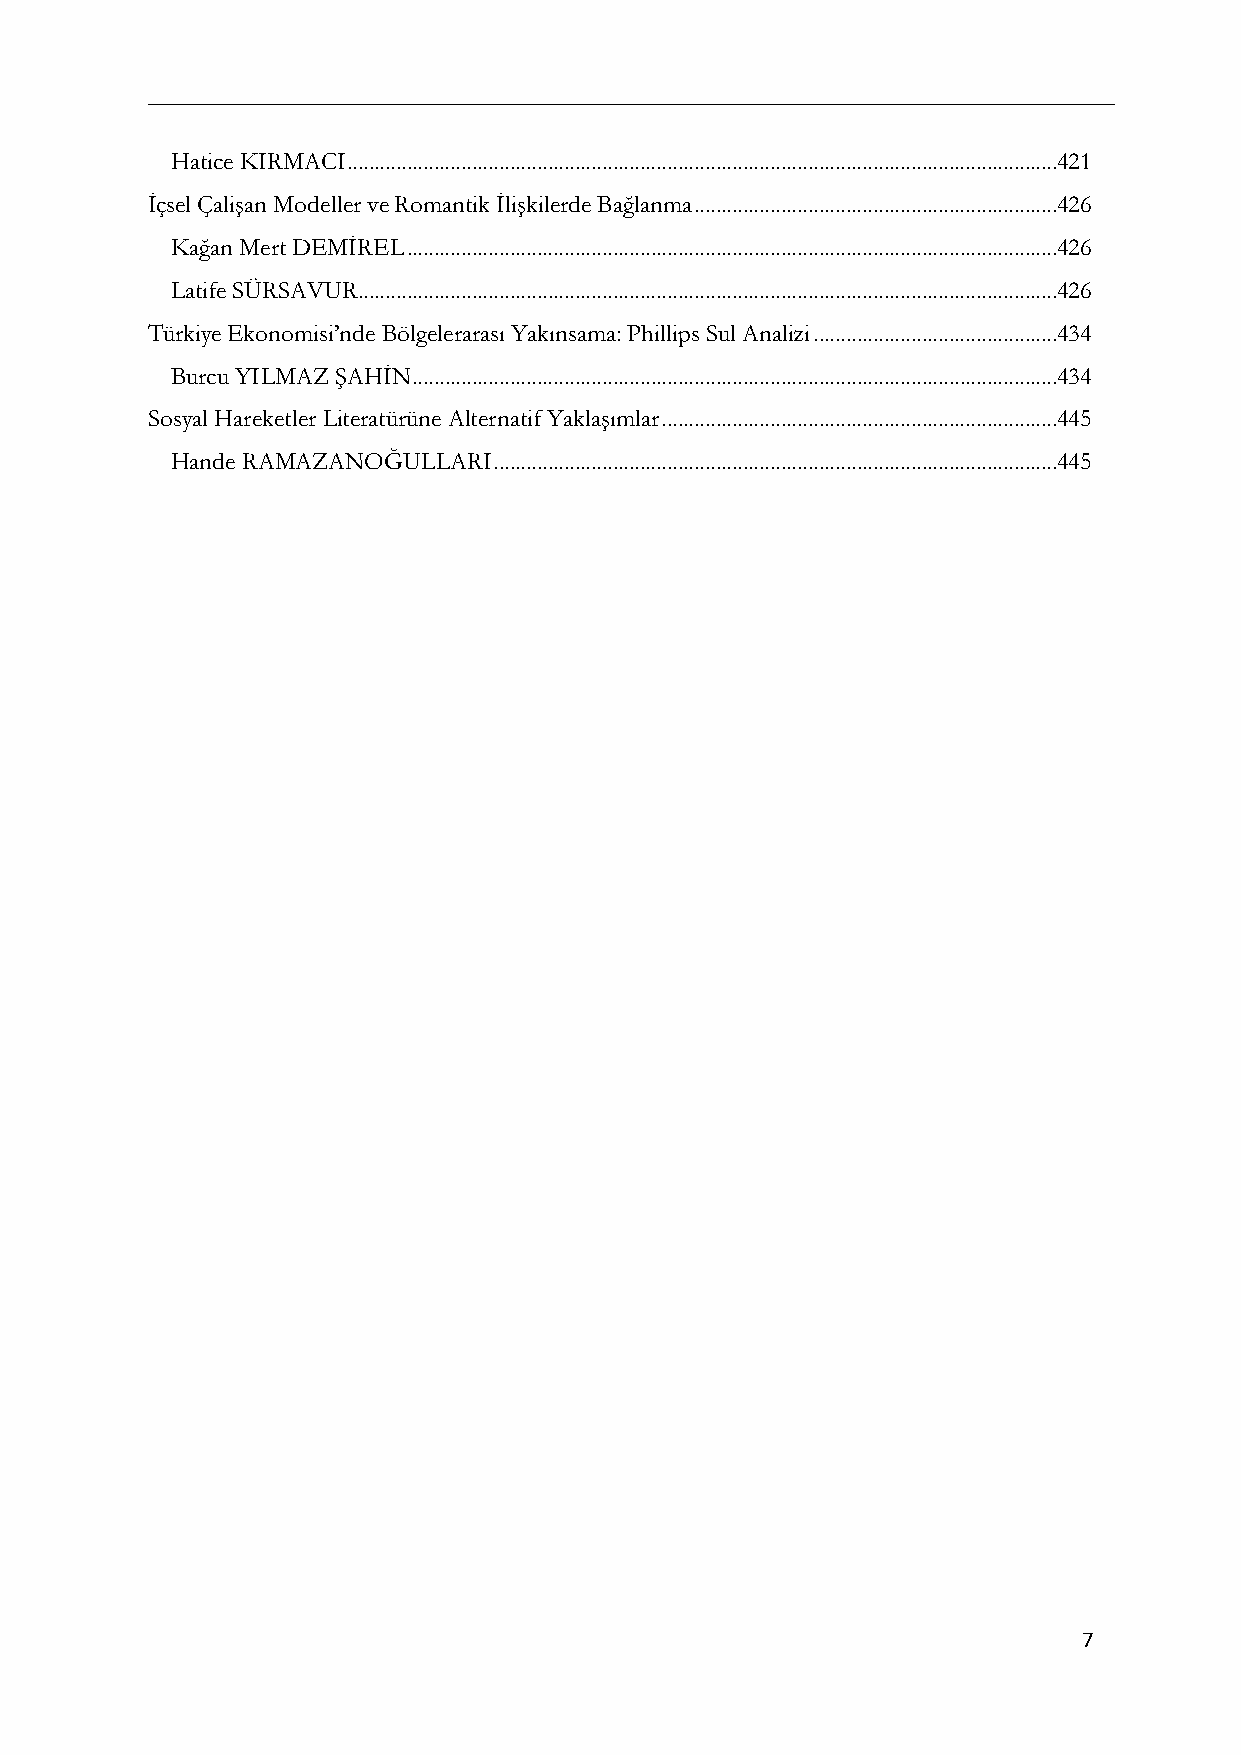
Hatice KIRMACI ...................................................................................................................................421
 İçsel Çalişan Modeller ve Romantik İlişkilerde Bağlanma ...................................................................426
 Kağan Mert DEMİREL ........................................................................................................................426
 Latife SÜRSAVUR .................................................................................................................................426
 Türkiye Ekonomisi’nde Bölgelerarası Yakınsama: Phillips Sul Analizi .............................................434
 Burcu YILMAZ ŞAHİN .......................................................................................................................434
 Sosyal Hareketler Literatürüne Alternatif Yaklaşımlar .........................................................................445
 Hande RAMAZANOĞULLARI ........................................................................................................445
 7